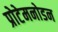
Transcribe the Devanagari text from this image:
प्रोटेमनोडन